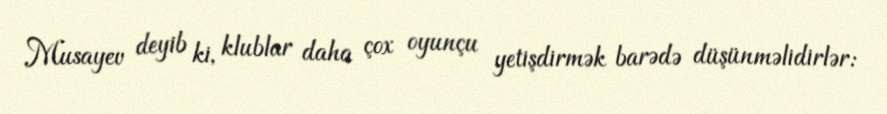
Musayev deyib ki, klublar daha çox oyunçu yetişdirmək barədə düşünməlidirlər: